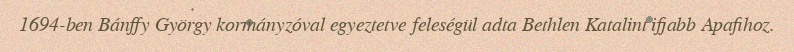
1694-ben Bánffy György kormányzóval egyeztetve feleségül adta Bethlen Katalint ifjabb Apafihoz.